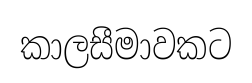
කාලසීමාවකට